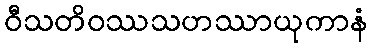
ဝီသတိဝဿသဟဿာယုကာနံ